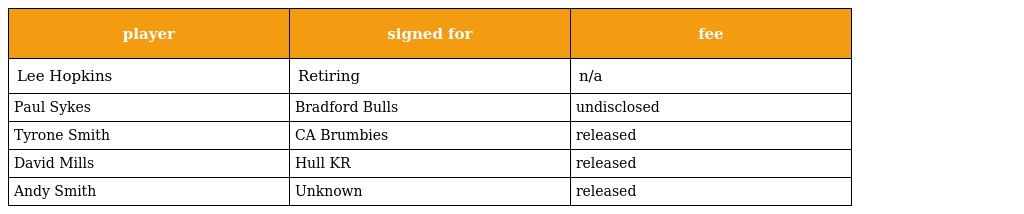
| player | signed for | fee |
 | --- | --- | --- |
 | Lee Hopkins | Retiring | n/a |
 | Paul Sykes | Bradford Bulls | undisclosed |
 | Tyrone Smith | CA Brumbies | released |
 | David Mills | Hull KR | released |
 | Andy Smith | Unknown | released |